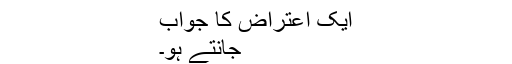
ایک اعتراض کا جواب
جانتے ہو۔